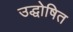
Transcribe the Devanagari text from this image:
उद्धोषित